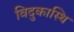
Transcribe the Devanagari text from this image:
विदुकास्थि